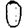
Digit: 0